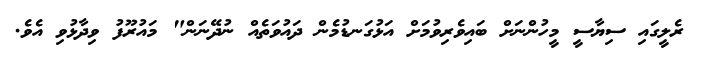
ރެލީގައި ސިޔާސީ މީހުންނަށް ބައިވެރިވުމަށް އަޅުގަނޑުމެން ދައުވަތެއް ނުދޭނަން" މައުރޫފު ވިދާޅުވި އެވެ.